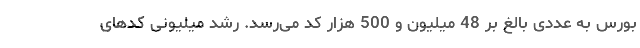
بورس به عددی بالغ بر 48 میلیون و 500 هزار کد می‌رسد. رشد میلیونی کدهای